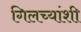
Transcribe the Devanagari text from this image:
गिलच्यांशी